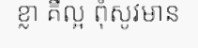
ខ្លា គឺល្អ ពុំសូវមាន